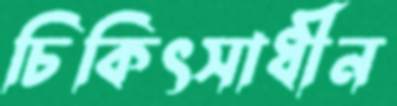
চিকিৎসাধীন